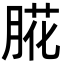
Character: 㬸